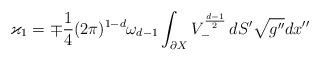
LaTeX: \begin{align*}\varkappa_1=\mp {\frac{1}{4}}(2\pi )^{1-d}\omega_{d-1}\int_{\partial X}V_-^{\frac{d-1}{2}}\, dS'\sqrt {g''}dx''\end{align*}